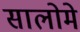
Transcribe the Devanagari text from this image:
सालोमे